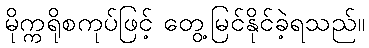
မိုက္ကရိုစကုပ်ဖြင့် တွေ့မြင်နိုင်ခဲ့ရသည်။